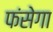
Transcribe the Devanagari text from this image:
फंसेगा